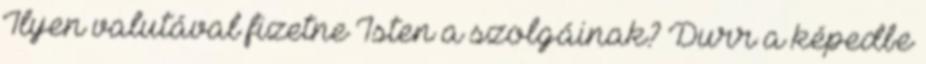
Ilyen valutával fizetne Isten a szolgáinak? Durr a képedbe